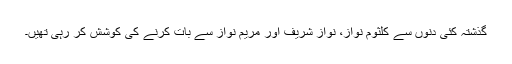
گذشتہ کئی دنوں سے کلثوم نواز، نواز شریف اور مریم نواز سے بات کرنے کی کوشش کر رہی تھیں۔